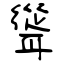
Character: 聳